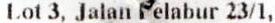
LOT 3, JALAN PELABUR 23/1,